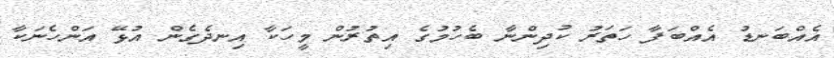
އެއްބަނޑު އެއްބަފާ ހަތަރު ކުދިންނާ ބެހުމުގެ އިތުރުން މީހަކާ އިނދެގެން އުޅޭ އަންހެނަކާ